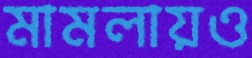
মামলায়ও